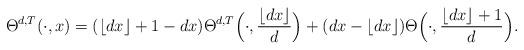
LaTeX: \begin{align*} \Theta^{d,T}(\cdot,x)=(\lfloor{dx}\rfloor+1-dx)\Theta^{d,T}\Big(\cdot,\frac{\lfloor{dx}\rfloor}{d}\Big)+(dx-\lfloor{dx}\rfloor)\Theta\Big(\cdot,\frac{\lfloor{dx}\rfloor+1}{d}\Big). \end{align*}